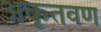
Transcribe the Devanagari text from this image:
अकृतवण